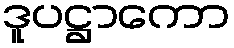
ဒူပဋ္ဌာကော